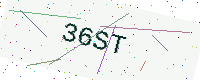
Text: 36ST